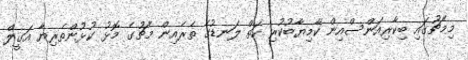
މިމެޗުގައި ބިކާރިއަންސްއިން ކާމިޔާބުކުރި ހަތް ލަނޑުގެ ތެރެއިން މެޗުގެ މޮޅު ކުޅުންތެރިޔާ އަގީލް